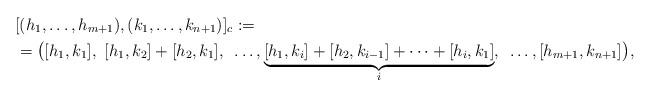
LaTeX: \begin{align*} &[(h_1, \ldots, h_{m+1}), (k_1, \ldots, k_{n+1}) ]_c := \\&= \big( [h_1, k_1],~ [h_1, k_2] + [h_2, k_1],~ \ldots, \underbrace{[h_1, k_i] + [h_2, k_{i-1}] + \cdots + [h_i, k_1]}_{i},~ \ldots, [h_{m+1}, k_{n+1}] \big), \end{align*}